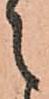
之